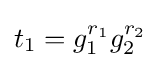
t_{1}=g_{1}^{r_{1}}g_{2}^{r_{2}}